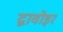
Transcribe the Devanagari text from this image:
द्वावोइर